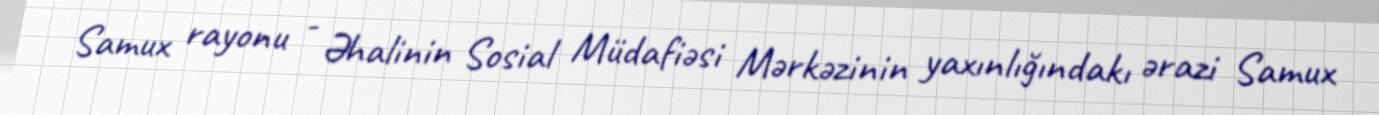
Samux rayonu - Əhalinin Sosial Müdafiəsi Mərkəzinin yaxınlığındakı ərazi Samux